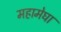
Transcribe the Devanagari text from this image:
महामेघा